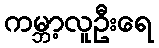
ကမ္ဘာ့လူဦးရေ